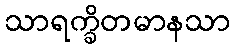
သာရက္ခိတမာနသာ